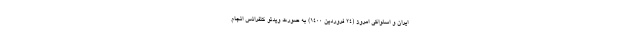
ایران و اسلواکی امروز (۲۴ فروردین ۱۴۰۰) به صورت ویدئو کنفرانس انجام